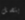
يتصل